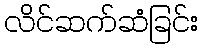
လိင်ဆက်ဆံခြင်း